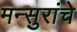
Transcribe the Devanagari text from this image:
मन्सुरांचे